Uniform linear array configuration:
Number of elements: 32
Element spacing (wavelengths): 0.5
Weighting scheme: cosine
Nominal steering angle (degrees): -60
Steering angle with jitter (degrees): -60.133
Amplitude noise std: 0.05
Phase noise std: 0.05

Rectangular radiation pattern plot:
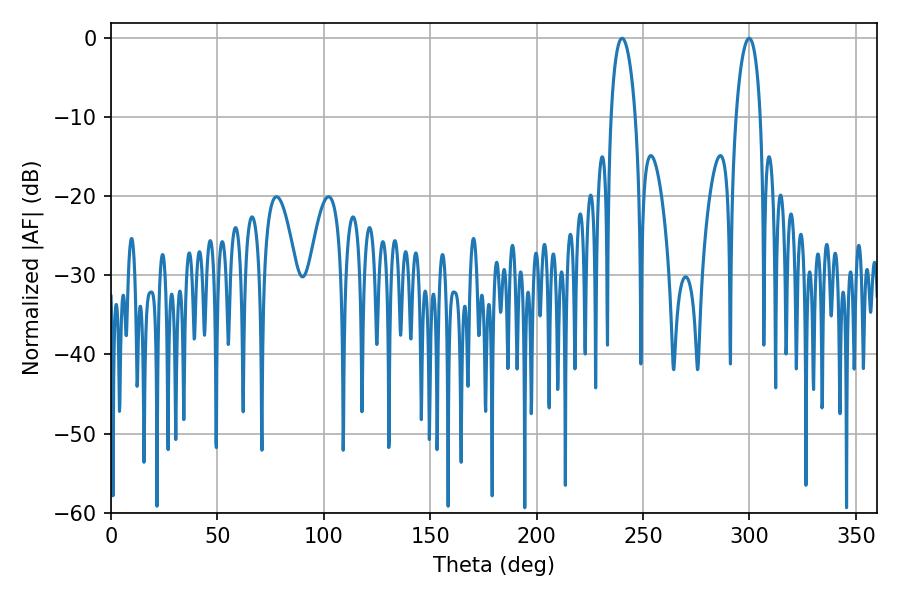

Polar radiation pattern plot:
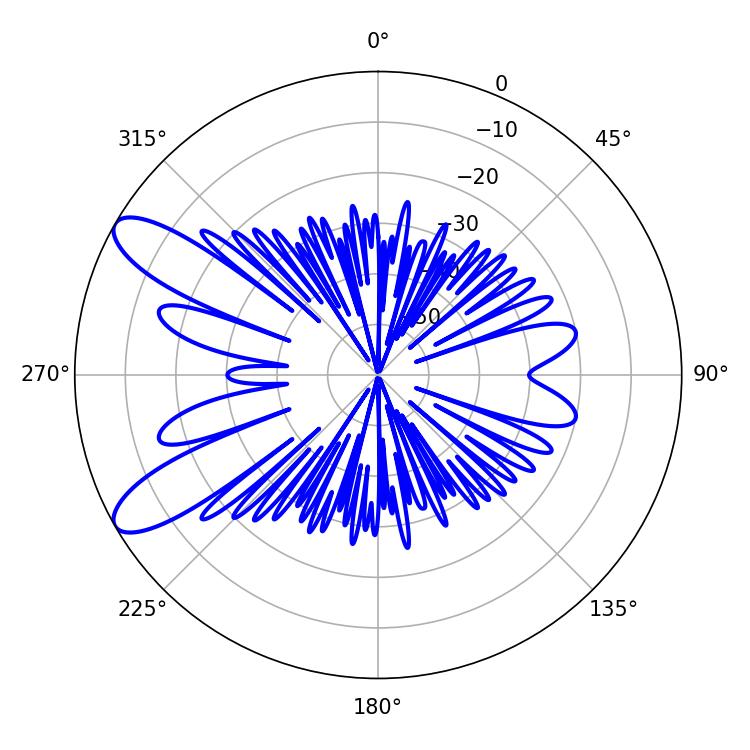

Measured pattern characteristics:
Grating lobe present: FALSE
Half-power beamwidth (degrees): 6.48
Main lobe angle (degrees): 240.12